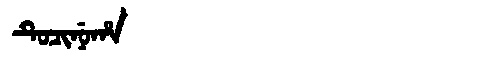
Manchu: ᡨᡠᠴᡳᠨᡠᡥᠠ
Romanization: TUCINUHA